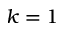
k = 1